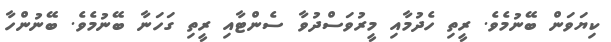
ކިޔަވަން ބޭނުމެވެ. ރީތި ހެދުމާއި މީރުވަސްދުވާ ސެންޓާއި ރީތި ގަހަނާ ބޭނުމެވެ. ބޭނުންހާ